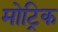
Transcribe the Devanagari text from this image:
मोट्रिक